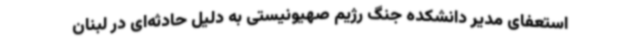
استعفای مدیر دانشکده جنگ رژیم صهیونیستی به دلیل حادثه‌ای در لبنان